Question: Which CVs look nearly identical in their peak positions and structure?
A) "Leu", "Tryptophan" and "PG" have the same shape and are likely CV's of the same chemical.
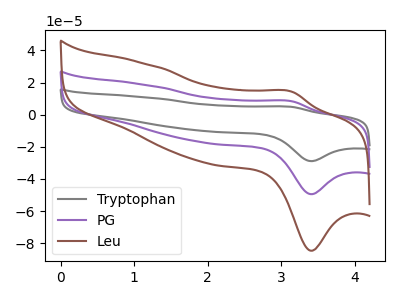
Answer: <think>The gray curve "Tryptophan" has an anodic peak at (3.15V, 16.70uA) and a cathodic peak at (3.40V, -98.95uA). The purple curve "PG" has an anodic peak at (3.15V, 8.35uA) and a cathodic peak at (3.40V, -49.45uA). The brown curve "Leu" has an anodic peak at (3.15V, 14.30uA) and a cathodic peak at (3.40V, -84.70uA).
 All the peaks in "Tryptophan" have a peak in "PG" at the same potential. Every peak in "Tryptophan" is higher than every peak in "PG". All the peaks in "Tryptophan" have a peak in "Leu" at the same potential. Every peak in "Tryptophan" is higher than every peak in "Leu". All the peaks in "PG" have a peak in "Leu" at the same potential. Every peak in "PG" is lower than every peak in "Leu".</think>
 <answer>A) "Leu", "Tryptophan" and "PG" have the same shape and are likely CV's of the same chemical.</answer>
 <eval>A</eval>